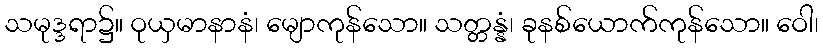
သမုဒ္ဒရာ၌။ ဝုယှမာနာနံ၊ မျောကုန်သော။ သတ္တန္နံ၊ ခုနစ်ယောက်ကုန်သော။ ဝေါ၊